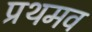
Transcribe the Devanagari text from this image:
प्रथमव